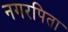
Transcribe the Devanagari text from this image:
नगरपिता